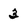
Character: 3